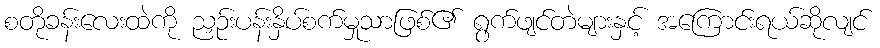
စတိုခန်းလေးထဲကို ညှဉ်းပန်းနှိပ်စက်မှုသာဖြစ်၏ ရွက်ဖျင်တဲများနှင့် အကြောင်းရယ်ဆိုလျင်